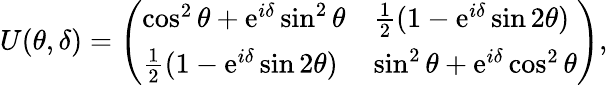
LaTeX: U(\theta,\delta)=\left(\begin{array}{ll}{\cos^{2}{\theta}+\mathrm{e}^{i\delta}\sin^{2}{\theta}}&{\frac{1}{2}(1-\mathrm{e}^{i\delta}\sin{2\theta})}\\ {\frac{1}{2}(1-\mathrm{e}^{i\delta}\sin{2\theta})}&{\sin^{2}{\theta}+\mathrm{e}^{i\delta}\cos^{2}{\theta}}\end{array}\right),